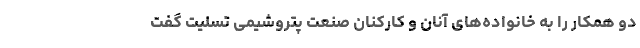
دو همکار را به خانواده‌های آنان و کارکنان صنعت پتروشیمی تسلیت گفت